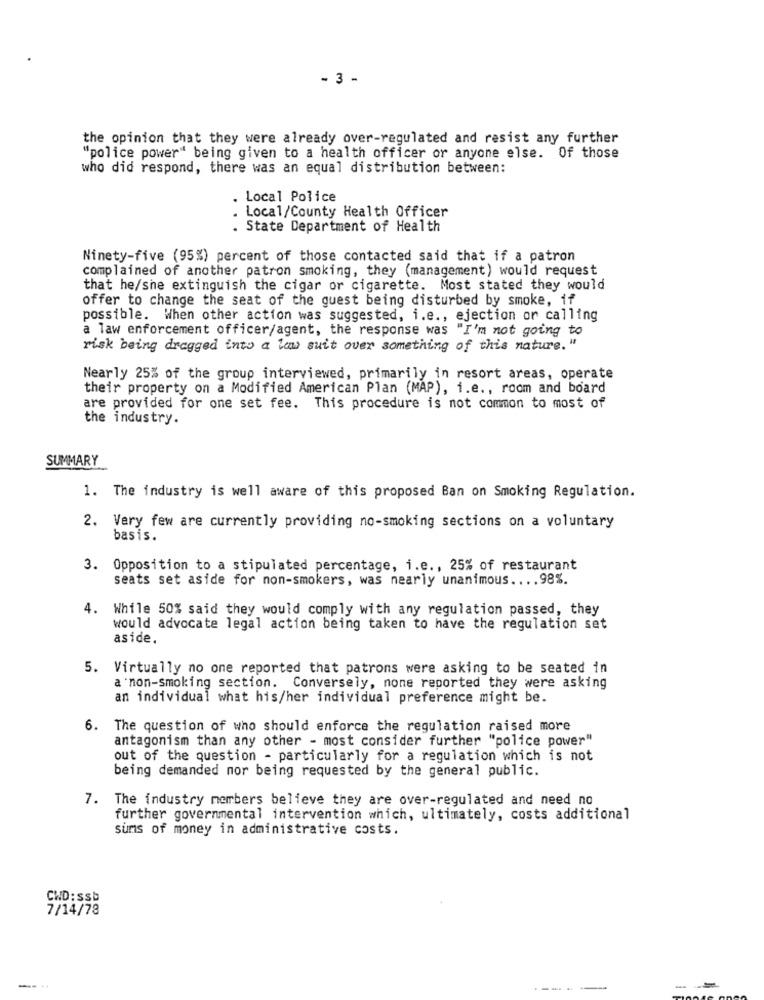
- 3 -
the opinion that they were already over-regulated and resist any further
"police power" being given to a health officer or anyone else. Of those
who did respond, there was an equal distribution between:
. Local Police
. Local/County Health Officer
. State Department of Health
Ninety-five (95%) percent of those contacted said that if a patron
complained of another patron smoking, they (management) would request
that he/she extinguish the cigar or cigarette. Most stated they would
offer to change the seat of the guest being disturbed by smoke, if
possible. When other action was suggested, i.e ., ejection or calling
a law enforcement officer/agent, the response was "I'm not going to
risk being dragged into a law suit over something of this nature."
Nearly 25% of the group interviewed, primarily in resort areas, operate
their property on a Modified American Plan (MAP), i.e ., room and board
are provided for one set fee. This procedure is not common to most of
the industry.
SUMMARY
1. The industry is well aware of this proposed Ban on Smoking Regulation.
2. Very few are currently providing no-smoking sections on a voluntary
basis.
Opposition to a stipulated percentage, i.e ., 25% of restaurant
seats set aside for non-smokers, was nearly unanimous .... 98%.
4. While 50% said they would comply with any regulation passed, they
would advocate legal action being taken to have the regulation set
aside.
5. Virtually no one reported that patrons were asking to be seated in
a non-smoking section. Conversely, none reported they were asking
an individual what his/her individual preference might be.
6. The question of who should enforce the regulation raised more
antagonism than any other - most consider further "police power"
out of the question - particularly for a regulation which is not
being demanded nor being requested by the general public.
7. The industry members believe they are over-regulated and need no
further governmental intervention which, ultimately, costs additional
sums of money in administrative costs.
CWD: ssb
7/14/78
---